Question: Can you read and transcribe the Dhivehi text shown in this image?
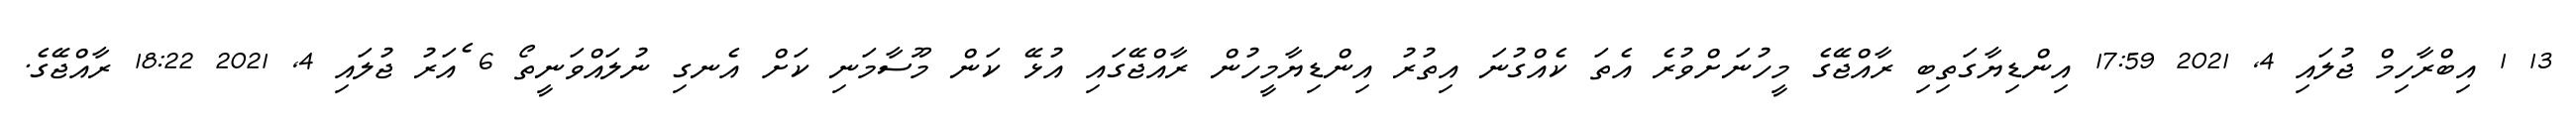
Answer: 13 1 އިބްރާހިމް ޖުލައި 4, 2021 17:59 އިންޑިޔާގަތިބި ރާއްޖޭގެ މީހުނަށްވުރެ އެތަ ކެއްގުނަ އިތުރު އިންޑިޔާމީހުން ރާއްޖޭގައި އުޅޭ ކަން މޫސާމަނި ކަށް އެނގި ނުލައްވަނީތޯ 6 ެއަރު ޖުލައި 4, 2021 18:22 ރާއްޖޭގެ.